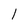
Character: S